Civil Veterinary Department. Central Provinces & Berar 1932-41 - 1932-1941
Year: 1932
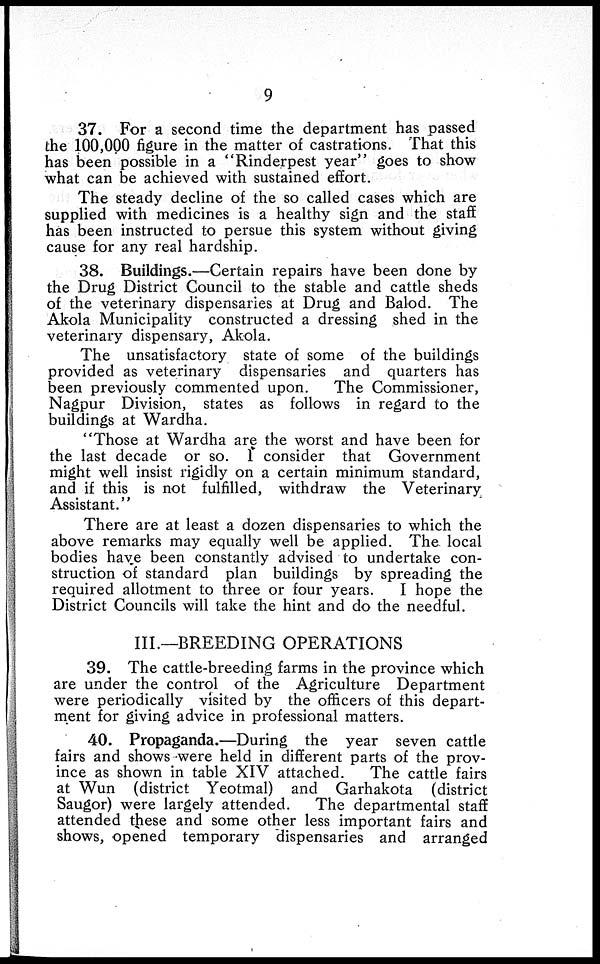
9
37. For a second time the department has passed
the 100,000 figure in the matter of castrations. That this
has been possible in a "Rinderpest year" goes to show
what can be achieved with sustained effort.
The steady decline of the so called cases which are
supplied with medicines is a healthy sign and the staff
has been instructed to persue this system without giving
cause for any real hardship.
38. Buildings.—Certain repairs have been done by
the Drug District Council to the stable and cattle sheds
of the veterinary dispensaries at Drug and Balod. The
Akola Municipality constructed a dressing shed in the
veterinary dispensary, Akola.
The unsatisfactory state of some of the buildings
provided as veterinary dispensaries and quarters has
been previously commented upon.
The Commissioner,
Nagpur Division, states as follows in regard to the
buildings at Wardha.
"Those at Wardha are the worst and have been for
the last decade or so. I consider that Government
might well insist rigidly on a certain minimum standard,
and if this is not fulfilled, withdraw the Veterinary
Assistant."
There are at least a dozen dispensaries to which the
above remarks may equally well be applied. The. local
bodies have been constantly advised to undertake con-
struction of standard plan buildings by spreading the
required allotment to three or four years.
I hope the
District Councils will take the hint and do the needful.
III.—BREEDING OPERATIONS
39. The cattle-breeding farms in the province which
are under the control of the Agriculture Department
were periodically visited by the officers of this depart-
ment for giving advice in professional matters.
40. Propaganda.—During the year seven cattle
fairs and shows were held in different parts of the prov-
ince as shown in table XIV attached.
The cattle fairs
at Wun (district Yeotmal) and Garhakota (district
Saugor) were largely attended.
The departmental staff
attended these and some other less important fairs and
shows, opened temporary dispensaries and arranged